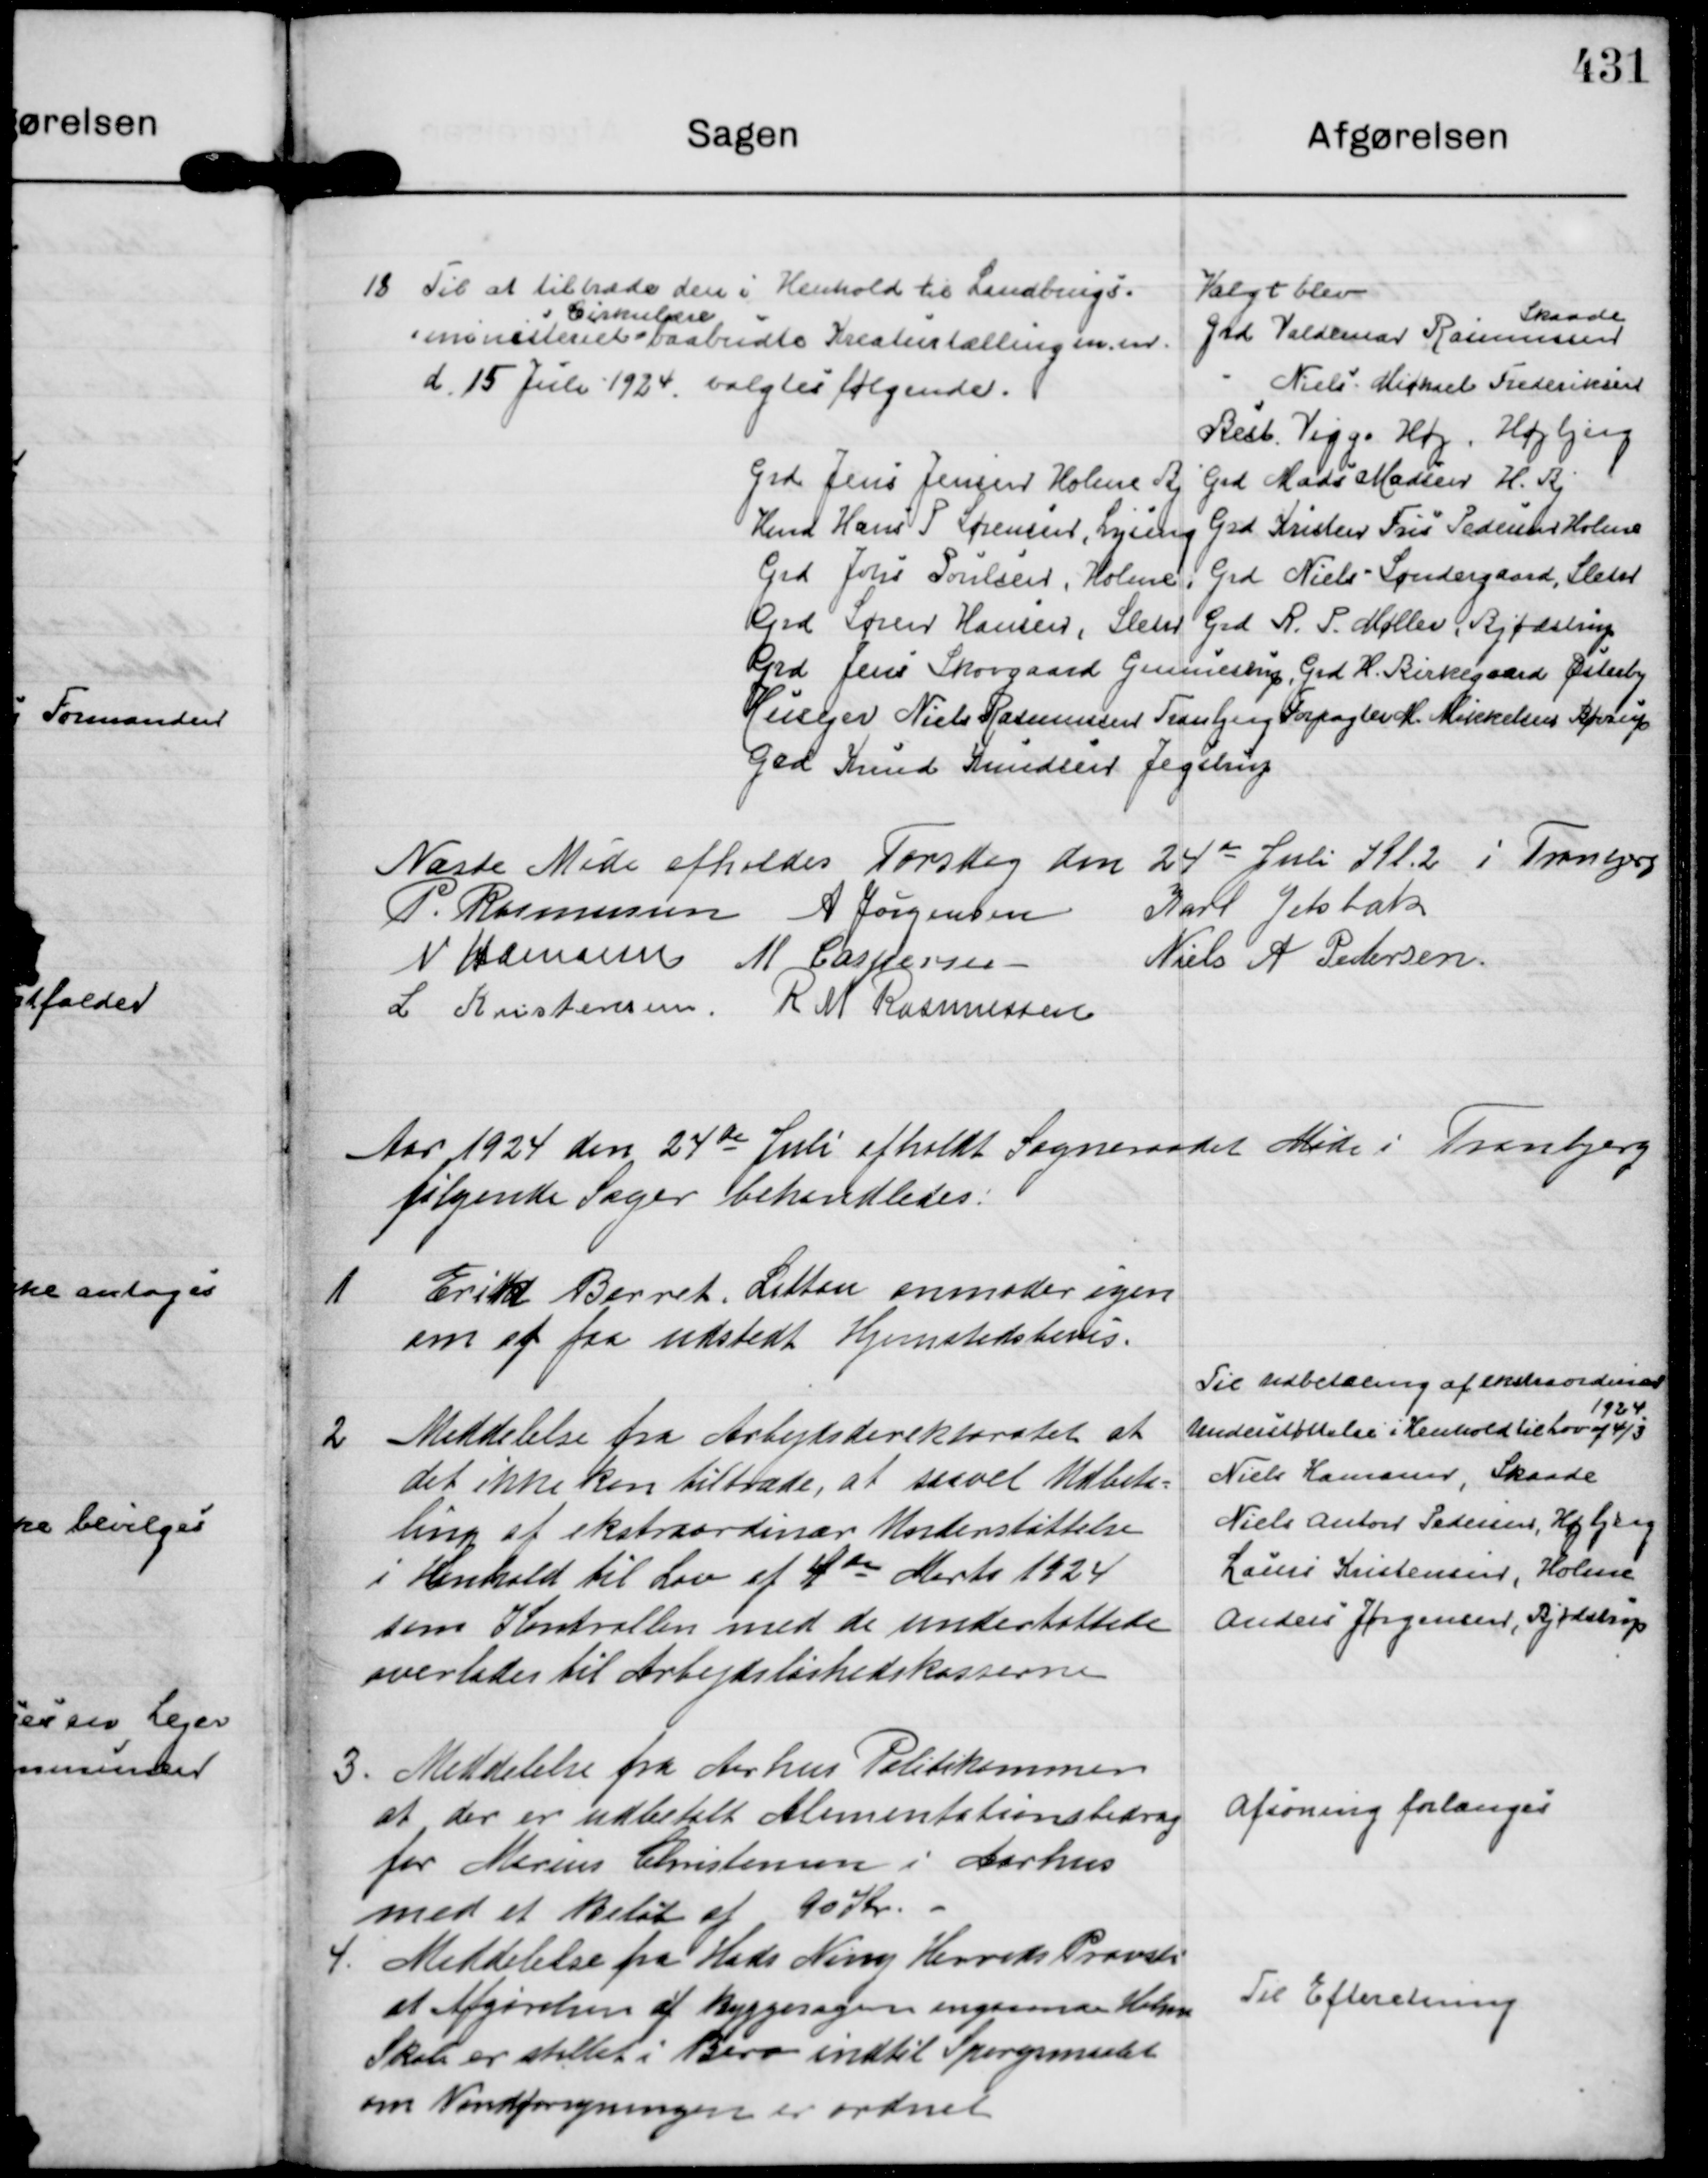
Transskription:
18
Til at tiltræde den i Henhold til Landbrugs= 
=ministeriet
Cirkulære
baabudte Kreaturtælling m. m.
d. 15 Juli 1924. valgtes følgende.

Valgt blev
Grd Valdemar Rasmussen
Skaade
" Niels Michael Frederiksen
Best. Viggo Høj, Højbjerg
Grd Jens Jensen Holme Bj Grd Mads Madsen H. Bj
Hmd Hans P Søensen, Lyseng Grd Kristen Fris Pedersen Holme 
Grd Johs Poulsen, Holme, Grd Niels Søndergaard. Sleth
Grd Søren Hansen, Sleth Grd R. P. Møller, Bjødstrup
Grd Jens Skovgaard Gunnestrup, Grd H. Birkegaard Østerby
Husejer Niels Rasmussen Tranbjerg Forpagter M. Mikkelsen Børup
Grd Knud Knudsen Jegstrup

Næste Møde afholdes Torsdag den 24 de Juli Kl. 2 i Tranbjerg
P. Rasmussen
A Jørgensen
Karl Jelsbak
N Hamann
M Caspersen
Niels A Pedersen.
L Kristensen.
R M Rasmussen

Aar 1924 de Juli afholdt Sogneraadet Møde i Tranbjerg 
følgende Sager behandledes:

1
Erik Barret, Littan anmoder igen
om at faa udstedt Hjemstedsbevis.

2
Meddelelse fra Arbejdsdirektoratet at
det ikke kan tiltræde, at saavel Udbeta=
ling af ekstraordinær Undertøttelse
i Henhold til Lov af 4 de Marts 1924
som Kontrollen med de understøttede
overlades til Arbejdsløshedskasserne

Til udbetaling af ekstraordinær
Understøttelse i Henhold til Lov af 4/3
1924
Niels Hansen, Skaade
Niels Anton Pedersen, Højbjerg
Laurs Kristensen, Holme
Andreas Jørgensen, Bjødstrup

3.
Meddelelse fra Aarhus Politikammer
at der er udbetalt Alimentationsbidrag
for Marius Christensen i Aarhus
med et Beløb af 90 Kr. -

Afsoning forlanges

4.
Meddelelse fra Hads Ning Herreds Provsti
at Afgørelsen af Byggesagen angaaende Holme
Skole er stillet i Bero indtil Spørgsmaalet
om Vandforsyningen er ordnet

Til Efteretning